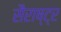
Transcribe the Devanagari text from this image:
सैराष्ट्र